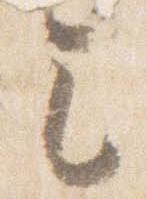
之